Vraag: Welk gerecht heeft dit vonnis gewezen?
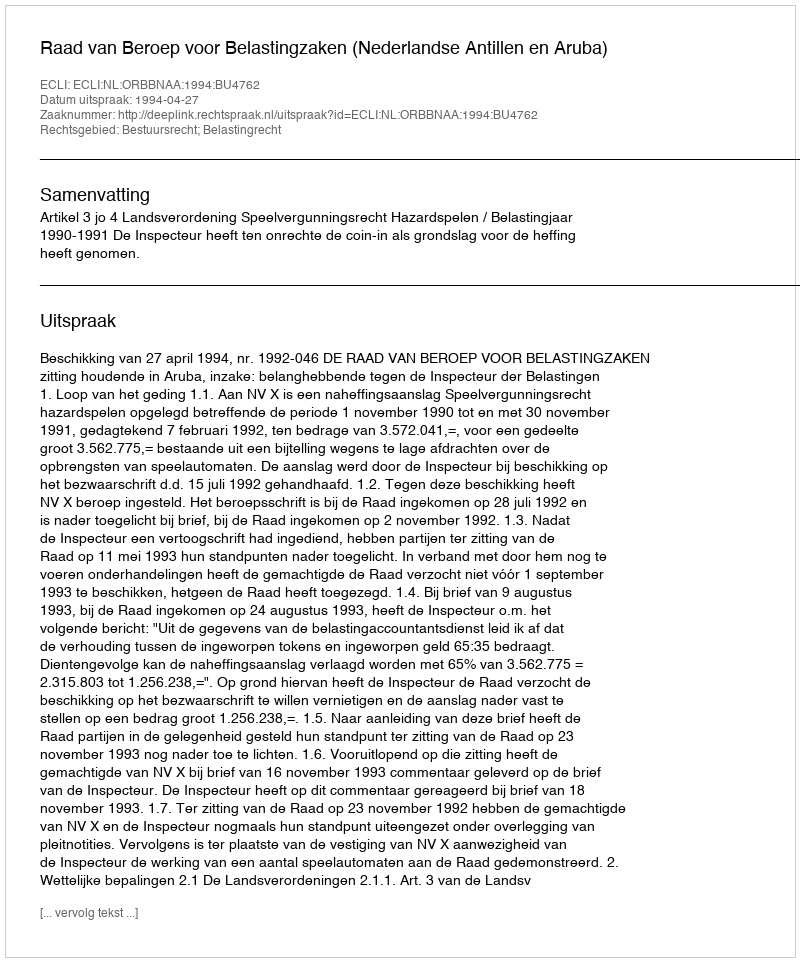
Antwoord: Raad van Beroep voor Belastingzaken (Nederlandse Antillen en Aruba)